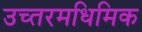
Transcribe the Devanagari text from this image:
उच्तरमधिमिक